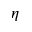
\eta